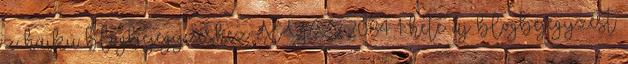
z haiku blogbejegyzéshez: XYZ 2084 1 hete új blogbejegyzést